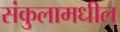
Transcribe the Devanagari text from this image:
संकुलामधील